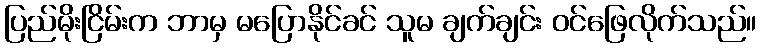
ပြည်မိုးငြိမ်းက ဘာမှ မပြောနိုင်ခင် သူမ ချက်ချင်း ဝင်ဖြေလိုက်သည်။